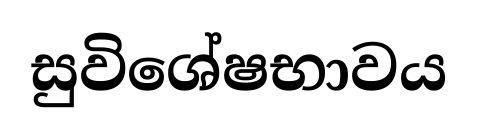
සුවිශේෂභාවය